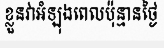
ខ្លួនវាអំឡុងពេលប៉ុន្មានថ្ងៃ